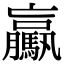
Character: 驘